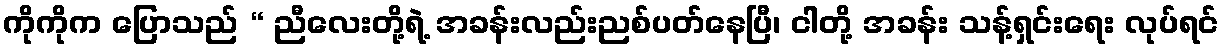
ကိုကိုက ပြောသည် “ ညီလေးတို့ရဲ့ အခန်းလည်းညစ်ပတ်နေပြီ၊ ငါတို့ အခန်း သန့်ရှင်းရေး လုပ်ရင်